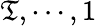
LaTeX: \mathfrak{T},\cdots,1